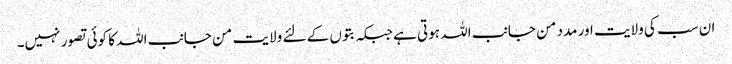
ان سب کی ولایت اور مدد من جانب اللہ ہوتی ہے جبکہ بتوں کے لئے ولایت من جانب اللہ کا کوئی تصور نہیں۔